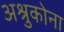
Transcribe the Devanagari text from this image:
अश्रुकोना